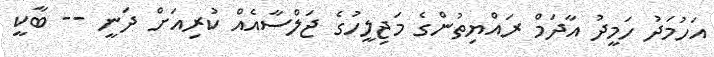
އަހުމަދު ހަމީދު އާދަމް ރައްޔިތުންގެ މަޖިލީހުގެ ޖަލްސާއެއް ކުރިއަށް ދަނީ -- ބާކީ